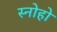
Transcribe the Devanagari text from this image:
स्नोहो